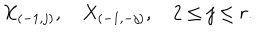
LaTeX: X _ { ( - 1 , j ) } , \quad X _ { ( - 1 , - j ) } , \quad 2 \leq j \leq r .